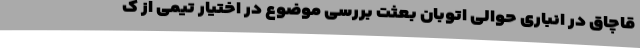
قاچاق در انباری حوالی اتوبان بعثت بررسی موضوع در اختیار تیمی از ک